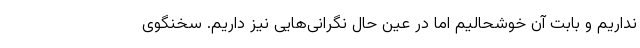
نداریم و بابت آن خوشحالیم اما در عین حال نگرانی‌هایی نیز داریم. سخنگوی